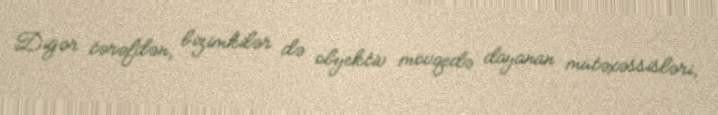
Digər tərəfdən, bizimkilər də obyektiv mövqedə dayanan mütəxəssisləri,